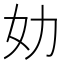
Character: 𰋶